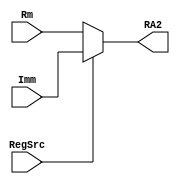
module mux3(
    output [3:0] RA2,
    input RegSrc,
    input [3:0] Rm,
    input [3:0] Imm
);
    assign
        RA2 = (RegSrc==0) ? Rm : Imm;
endmodule